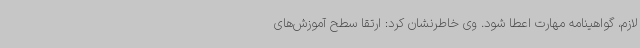
لازم، گواهینامه مهارت اعطا ‌شود. وی خاطرنشان کرد: ارتقا سطح آموزش‌های